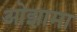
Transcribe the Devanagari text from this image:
ओझामा